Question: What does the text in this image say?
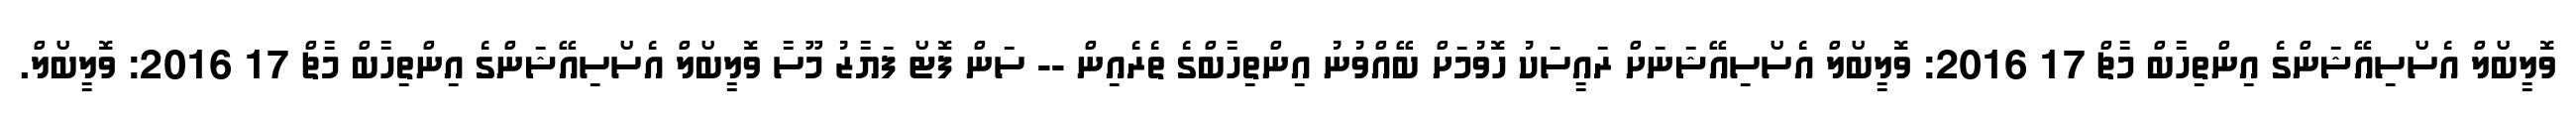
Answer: ވޮލީބޯލް އެސޯސިއޭޝަންގެ އިންތިހާބް މާޗް 17 2016: ވޮލީބޯލް އެސޯސިއޭޝަނަށް ރައީސަކު ހޮވުމަށް ބޭއްވުނު އިންތިހާބްގެ ތެރެއިން -- ސަން ފޮޓޯ ފަޔާޒު މޫސާ ވޮލީބޯލް އެސޯސިއޭޝަންގެ އިންތިހާބް މާޗް 17 2016: ވޮލީބޯލް.